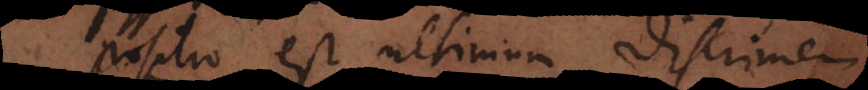
Positio est ultimum discrimen